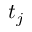
t _ { j }